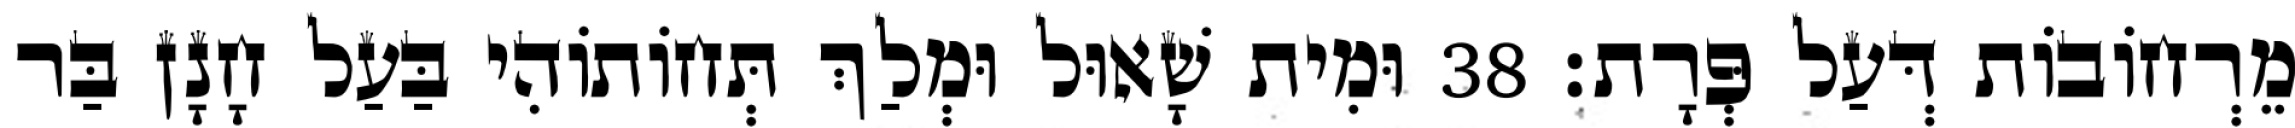
מֵרְחוֹבוֹת דְּעַל פְּרָת׃ 38 וּמִית שָׁאוּל וּמְלַךְ תְּחוֹתוֹהִי בַּעַל חָנָן בַּר